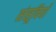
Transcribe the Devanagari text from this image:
संसूचियाँ